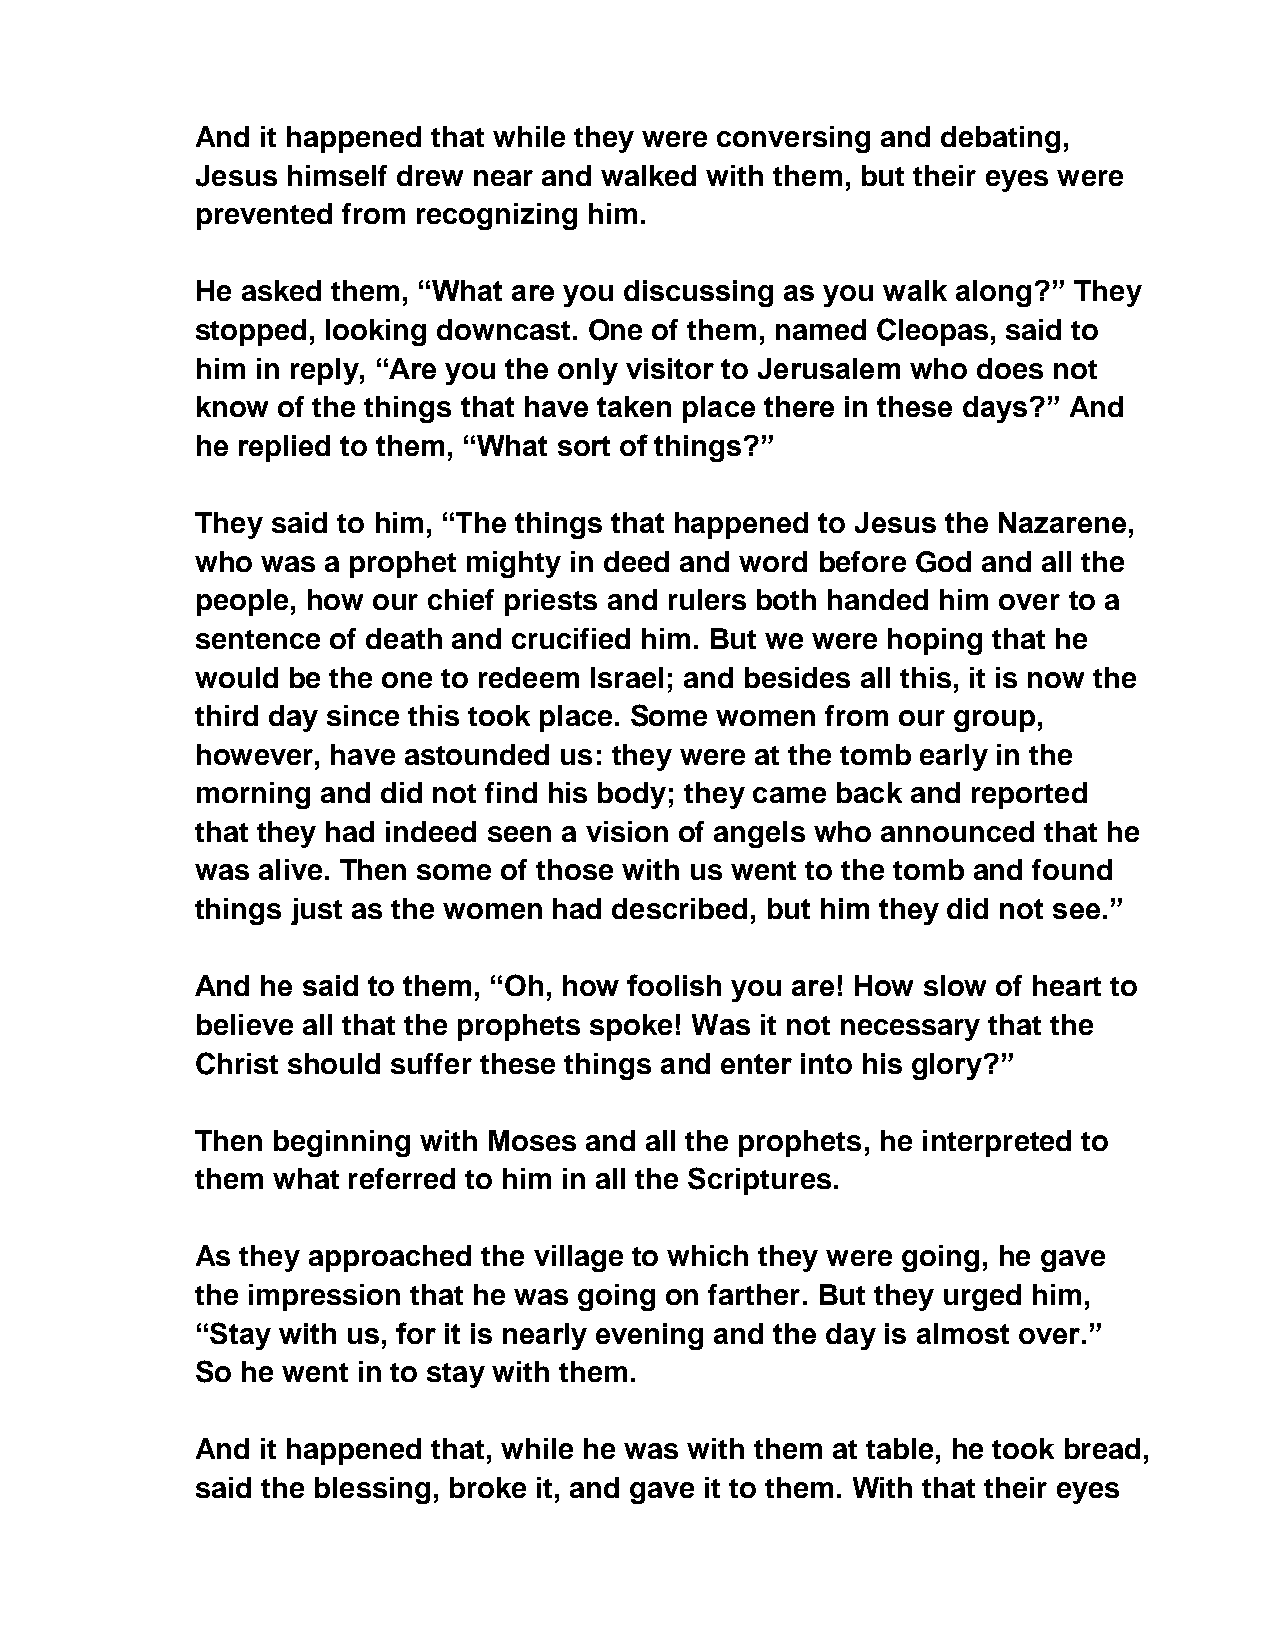
And it happened that while they were conversing and debating,
 Jesus himself drew near and walked with them, but their eyes were
 prevented from recognizing him.
 He asked them, “What are you discussing as you walk along?” They
 stopped, looking downcast. One of them, named Cleopas, said to
 him in reply, “Are you the only visitor to Jerusalem who does not
 know of the things that have taken place there in these days?” And
 he replied to them, “What sort of things?”
 They said to him, “The things that happened to Jesus the Nazarene,
 who was  a prophet mighty in deed and word before God and all the
 people, how our chief priests and rulers both handed him over to a
 sentence of death and crucified him. But we were hoping that he
 would be the one to redeem Israel; and besides all this, it is now the
 third day since this took place. Some women from our group,
 however, have astounded us: they were at the tomb early in the
 morning and did not find his body; they came back and reported
 that they had indeed seen a vision of angels who announced that he
 was alive. Then some of those with us went to the tomb and found
 things just as the women had described, but him they did not see.”
 And he said to them, “Oh, how foolish you are! How slow of heart to
 believe all that the prophets spoke! Was it not necessary that the
 Christ should suffer these things and enter into his glory?”
 Then beginning with Moses and all the prophets, he interpreted to
 them what referred to him in all the Scriptures.
 As they approached the village to which they were going, he gave
 the impression that he was going on farther. But they urged him,
 “Stay with us, for it is nearly evening and the day is almost over.”
 So he went in to stay with them.
 And it happened that, while he was with them at table, he took bread,
 said the blessing, broke it, and gave it to them. With that their eyes